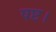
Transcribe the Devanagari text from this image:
षष्ट।